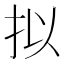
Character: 拟